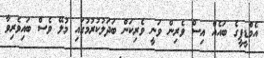
އެމްޑީޕީގެ ބައެއް އިސް ވެރިން ވަނީ ވެރިކަން ބަދަލުކުރުމުގައި މުލޭ ވެސް ބައިވެރިވާ